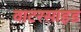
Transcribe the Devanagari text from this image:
वाटरसाइड